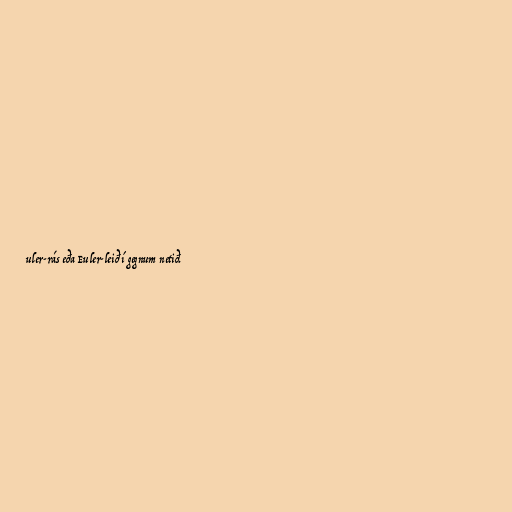
uler-rás eða Euler-leið í gegnum netið.